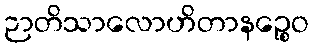
ဉာတိသာလောဟိတာနဉ္စေဝ